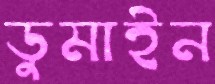
ডুমাইন